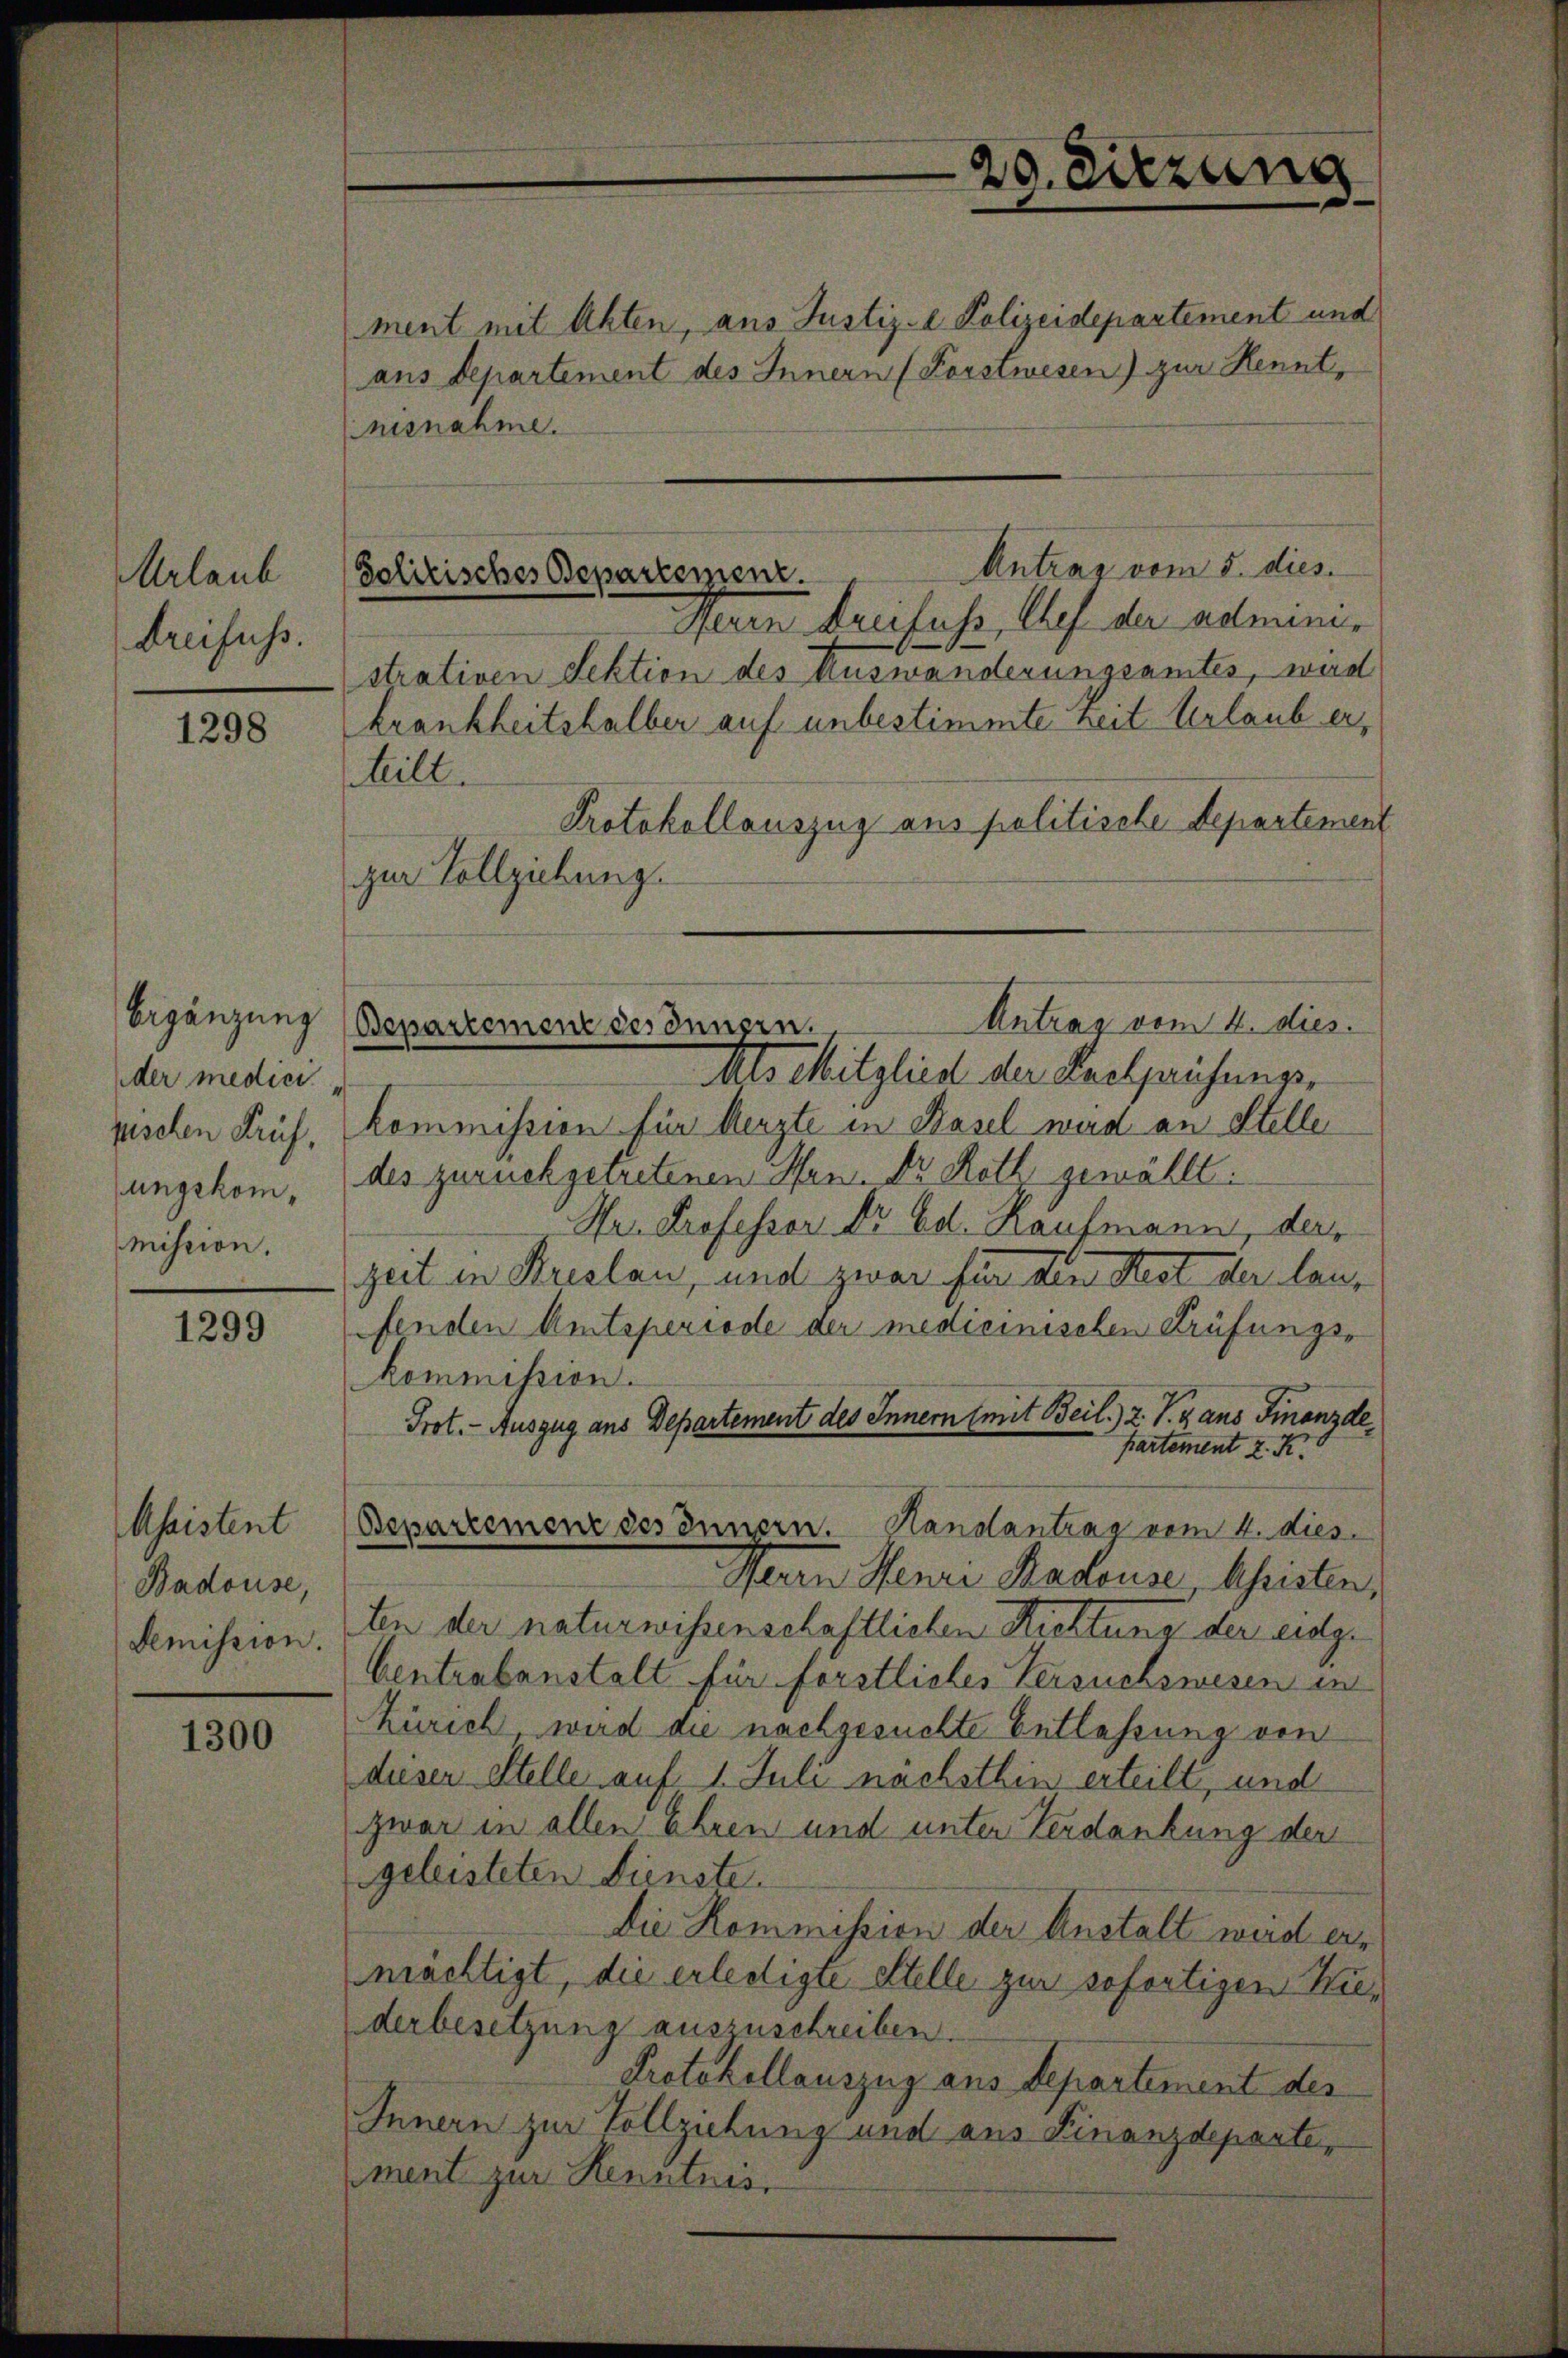
Mrlaub
dreifuss.

1298

Ergänzung
der medici
pischen Prüf
mission.

1299

Ahaistent
Badouse,
Demission.

1300

Antrag vom 5. dies
Solitisches Departement.

ment mit Akten, aus Justiz-C. Polizeidepartement und
aus Departement des Innern (Forstwesen) zur Kennt,
nisnahme.
Herrn Greifers Auf der administrativen Sektion des Auswanderungeamtes, wird
krankheitshalber auf unbestimmte Zeit Urlaub er,
heilt.
Protokollauszug aus politische Departement
Als Mitglied der Seelpreisungs-
kommission für Aerzte in Basel wird an Steller
ungekom, des zurückgetretenen Man ds Roth gewählt:
Hr. Professor Dr Ed. Kaufmann, der
zeit in Kreslau, und zwar für dem Rest der laufenden Amtsperiode der medicinischen Prüfungskommission.
Prot. - Auszug aus Departement des Innern (mit Beil) Z. V. 4 aus Finanzde
partement z. K
Departement des Innern. Handantrag vom 4. dies
Herrn Henri Radouse beheristen,
ten der naturwissenschaftlichen Richtung der eidge
Centrabanstalt für forstliches Versuchswesen in
Zürich, wird die nachgesuchte Entlassung von
diesen Stelle auf 1. Juli nächsthin erteilt, und
zwar in allen Ehren und unter Verdankung der
geleisteten Dienste.
die Kommission der Anstalt wird ermächtigt, die erledigte Stelle zur sofertigen Wiederbesetzung auszuschreiben.
Protokollauszug aus Departement des
Innern zur Vollziehung und aus Finanzdeparte,
ment zur Kenntnis,

zur Vollziehung.

Antrag vom 4. dies.
Bepartement des Innern.

29. Dierung